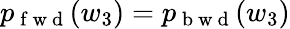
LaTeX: p_{\mathrm{~f~w~d~}}(w_{3})=p_{\mathrm{~b~w~d~}}(w_{3})